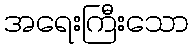
အရေးကြီးသော